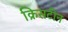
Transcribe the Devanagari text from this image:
क्रिसटीन